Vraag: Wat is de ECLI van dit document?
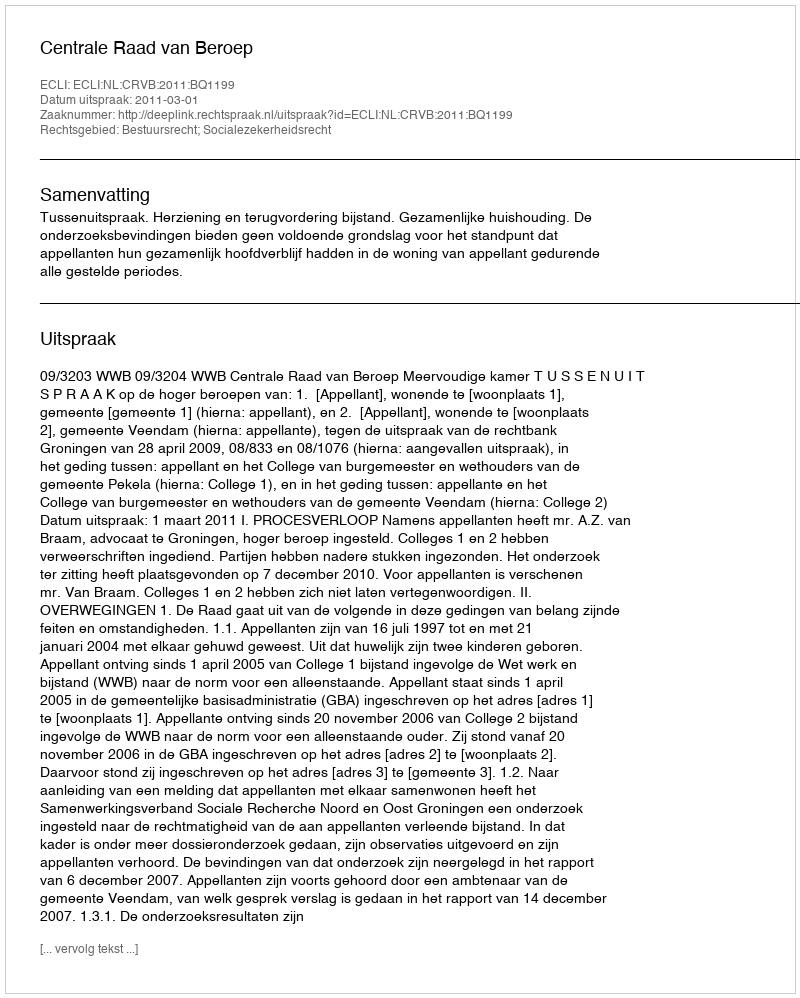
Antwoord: ECLI:NL:CRVB:2011:BQ1199